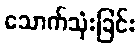
သောက်သုံးခြင်း